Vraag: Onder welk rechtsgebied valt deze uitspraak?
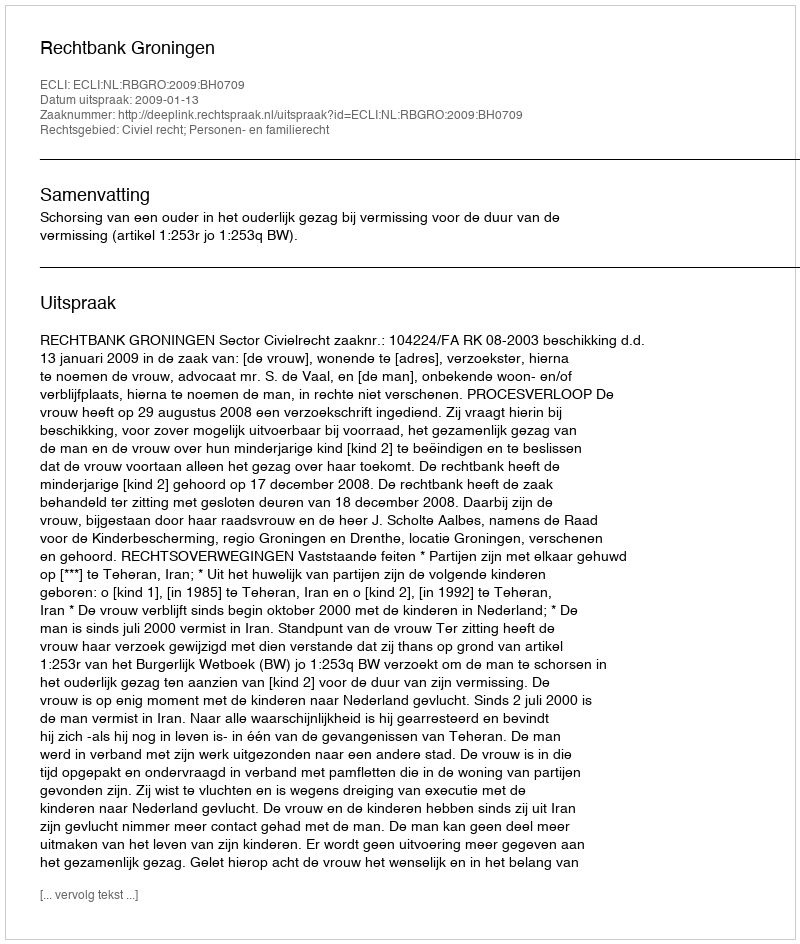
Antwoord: Civiel recht; Personen- en familierecht